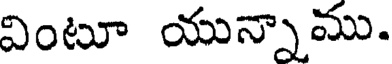
వింటూ యున్నాము.